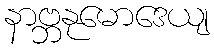
နာဗ္ဘနုမောဒေယျ